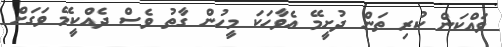
ވައްކަން ކުރި ތަން ދުށީމޭ އެވާހަކަ މީހުން ގާތު ވެސް ދެއްކީމޭ ވަގަށް